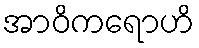
အာဝိကရောဟိ